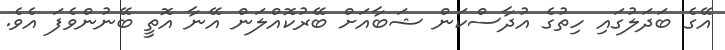
އޭގެ ބަދަލުގައި ހިތުގެ އުދާސްކަން ޝަބާއަށް ބޭރުކޮއްލަން އޭނާ އޮތީ ބޭނުންވެފަ އެވެ.